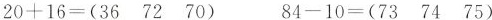
$$20+16= (36 72 70) $$ $$84-10=(73 74 75)$$